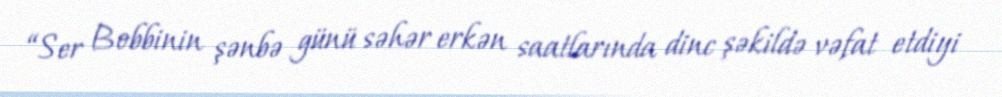
“Ser Bobbinin şənbə günü səhər erkən saatlarında dinc şəkildə vəfat etdiyi